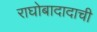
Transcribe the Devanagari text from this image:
राघोबादादाची